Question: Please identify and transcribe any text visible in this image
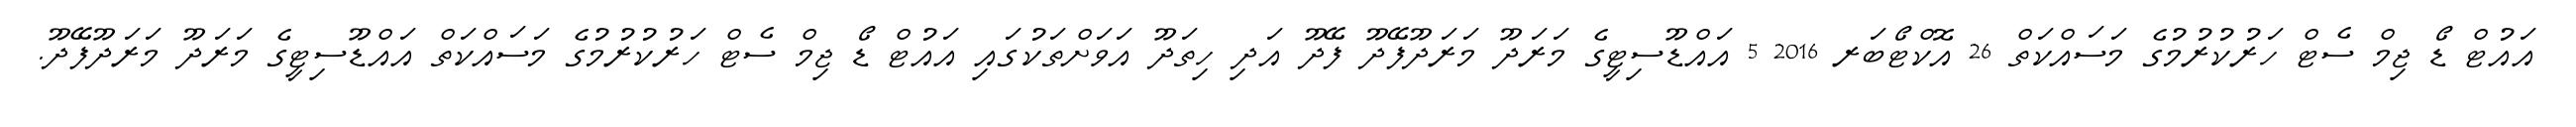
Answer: އައުޓް ޑޯ ޖިމް ސެޓް ހަރުކުރުމުގެ މަސައްކަތް 26 އޮކްޓޯބަރ 2016 5 އައްޑޫސިޓީގެ މަރަދޫ މަރަދޫފޭދޫ ފޭދޫ އަދި ހިތަދޫ އަވަށްތަކުގައި އައުޓް ޑޯ ޖިމް ސެޓް ހަރުކުރުމުގެ މަސައްކަތް އައްޑޫސިޓީގެ މަރަދޫ މަރަދޫފޭދޫ.